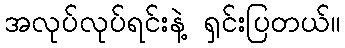
အလုပ်လုပ်ရင်းနဲ့ ရှင်းပြတယ်။